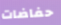
حفاضات